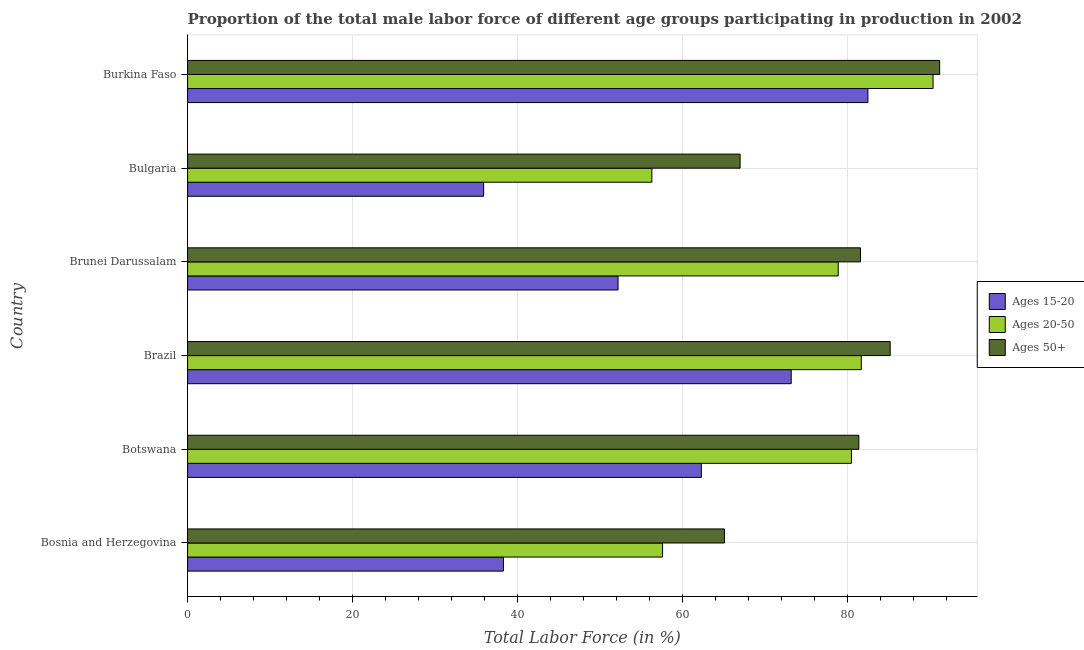
| Country | Ages 15-20 | Ages 20-50 | Ages 50+ |
 | --- | --- | --- | --- |
 | Bosnia and Herzegovina | 38.3 | 57.6 | 65.1 |
 | Botswana | 62.3 | 80.5 | 81.4 |
 | Brazil | 73.2 | 81.7 | 85.2 |
 | Brunei Darussalam | 52.2 | 78.9 | 81.6 |
 | Bulgaria | 35.9 | 56.3 | 67 |
 | Burkina Faso | 82.5 | 90.4 | 91.2 |